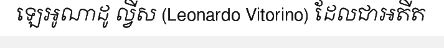
ឡេអូណាដូ ល្វីស (Leonardo Vitorino) ដែលជាអតីត